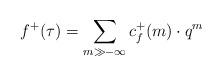
LaTeX: \begin{align*}f^+(\tau) = \sum_{m\gg -\infty} c^+_f(m) \cdot q^m\end{align*}